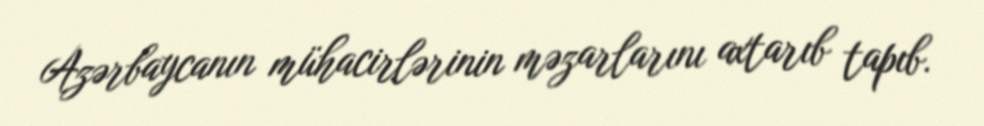
Azərbaycanın mühacirlərinin məzarlarını axtarıb tapıb.